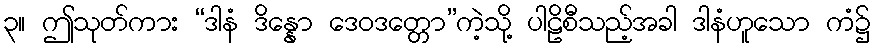
၃။ ဤသုတ်ကား “ဒါနံ ဒိန္နော ဒေဝဒတ္တော”ကဲ့သို့ ပါဠိစီသည့်အခါ ဒါနံဟူသော ကံ၌